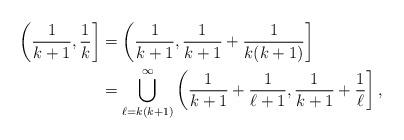
LaTeX: \begin{align*}\left( \frac{1}{k+1}, \frac{1}{k} \right] & = \left( \frac{1}{k+1}, \frac{1}{k+1} + \frac{1}{k(k+1)} \right] \\& = \bigcup_{\ell=k(k+1)}^{\infty} \left( \frac{1}{k+1} + \frac{1}{\ell+1}, \frac{1}{k+1} + \frac{1}{\ell} \right], \end{align*}